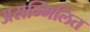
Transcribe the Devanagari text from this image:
असम्मिलित